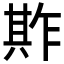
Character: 𠔫